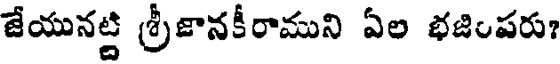
జేయునట్టి శ్రీజానకీరాముని ఏల భజింపరు?